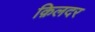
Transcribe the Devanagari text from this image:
क़िलदर